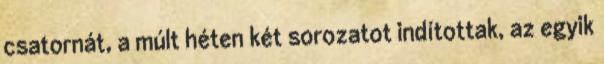
csatornát, a múlt héten két sorozatot indítottak, az egyik